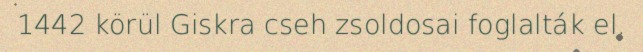
1442 körül Giskra cseh zsoldosai foglalták el.